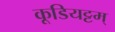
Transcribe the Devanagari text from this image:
कूडियट्टम्